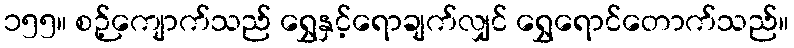
၁၅၅။ စဉ့်ကျောက်သည် ရွှေနှင့်ရောချက်လျှင် ရွှေရောင်တောက်သည်။